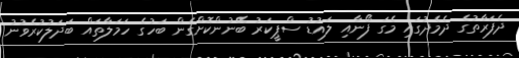
ދެފަރާތުގެ ދެމެދުގައި މެގަ ފޯނާއި ލައުޑު ސްޕީކަރު ބޭނުންކޮށްގެން ބަހުގެ ހަމަލާތައް ބަދަލުކުރެވުނު